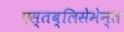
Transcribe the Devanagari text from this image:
एस्तब्लिसेमेन्त